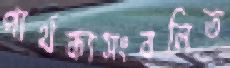
পার্থক্যসংবলিত